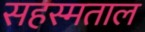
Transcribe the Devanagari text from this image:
सहस्मताल